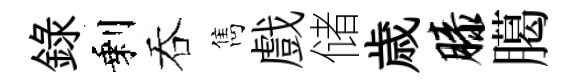
錄剩吞雋戲储歳膝臈